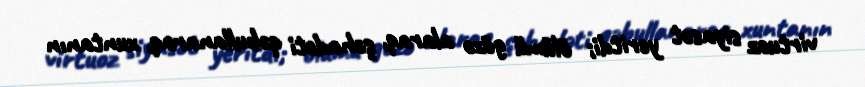
virtuoz siyasət yeritdi; ölümü gözə alaraq, şəhadəti qəbullanaraq, xuntanın